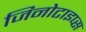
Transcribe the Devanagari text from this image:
जिनोटाइप्स